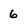
Character: 6